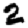
Digit: 2